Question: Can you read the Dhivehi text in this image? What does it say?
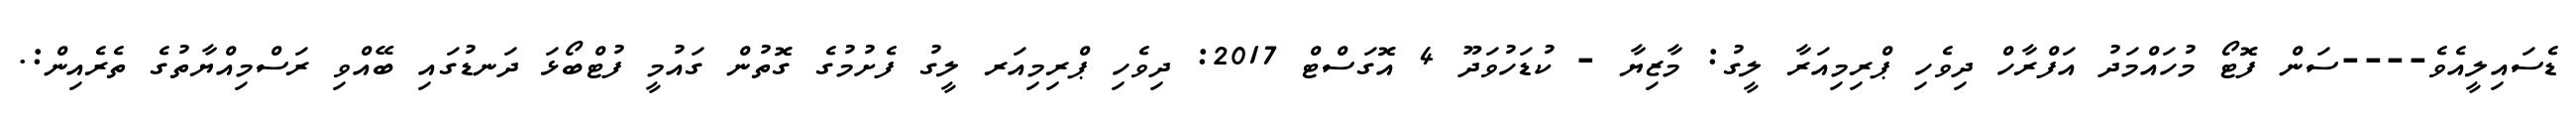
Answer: ޑެސައިލީއެވެ----ސަން ފޮޓޯ މުހައްމަދު އަފްރާހް ދިވެހި ޕްރިމިއަރާ ލީގު: މާޒިޔާ - ކުޑަހުވަދޫ 4 އޮގަސްޓް 2017: ދިވެހި ޕްރިމިއަރ ލީގު ފެށުމުގެ ގޮތުން ގައުމީ ފުޓްބޯޅަ ދަނޑުގައި ބޭއްވި ރަސްމިއްޔާތުގެ ތެރެއިން:.